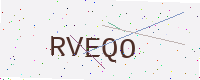
Text: RVEQO